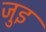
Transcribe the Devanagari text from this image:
जुइ